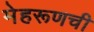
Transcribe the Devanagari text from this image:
मेहरूणची